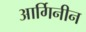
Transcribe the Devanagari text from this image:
आर्गिनीन